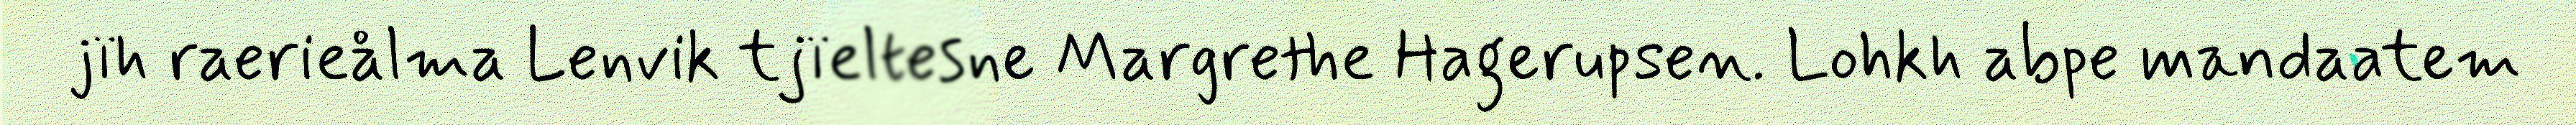
jïh raerieålma Lenvik tjïeltesne Margrethe Hagerupsen. Lohkh abpe mandaatem